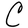
Character: C